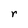
Character: r